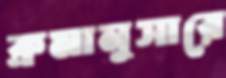
ক্রমানুসারে